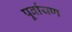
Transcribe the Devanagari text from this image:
पूर्वायण